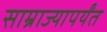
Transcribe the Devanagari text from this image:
साम्राज्यापर्यंत